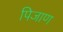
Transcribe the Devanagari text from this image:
पिजाण